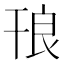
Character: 𭙃